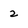
Character: 2